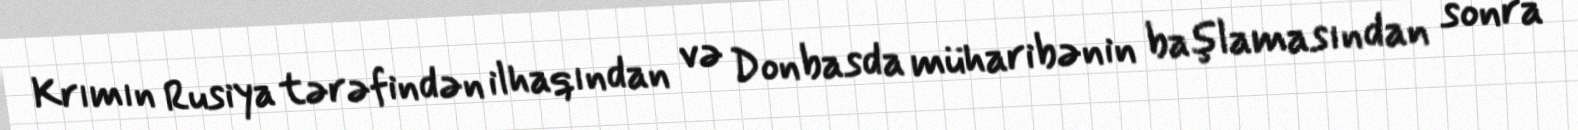
Krımın Rusiya tərəfindən ilhaqından və Donbasda müharibənin başlamasından sonra